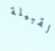
القبيلة